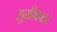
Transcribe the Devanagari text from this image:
सुरभिपत्र